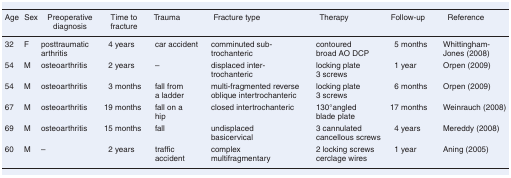
<table><thead><tr><td><b>Age</b></td><td><b>Sex</b></td><td><b>Preoperative diagnosis</b></td><td><b>Time to fracture</b></td><td><b>Trauma</b></td><td><b>Fracture type</b></td><td><b>Therapy</b></td><td><b>Follow-up</b></td><td><b>Reference</b></td></tr></thead><tbody><tr><td>32</td><td>F</td><td>posttraumatic arthritis</td><td>4 years</td><td>car accident</td><td>comminuted sub-trochanteric</td><td>contoured broad AO DCP</td><td>5 months</td><td>Whittingham-Jones (2008)</td></tr><tr><td>54</td><td>M</td><td>osteoarthritis</td><td>2 years</td><td>–</td><td>displaced inter-trochanteric</td><td>locking plate 3 screws</td><td>1 year</td><td>Orpen (2009)</td></tr><tr><td>54</td><td>M</td><td>osteoarthritis</td><td>3 months</td><td>fall from a ladder</td><td>multi-fragmented reverse oblique intertrochanteric</td><td>locking plate 3 screws</td><td>6 months</td><td>Orpen (2009)</td></tr><tr><td>67</td><td>M</td><td>osteoarthritis</td><td>19 months</td><td>fall on a hip</td><td>closed intertrochanteric</td><td>130°angled blade plate</td><td>17 months</td><td>Weinrauch (2008)</td></tr><tr><td>69</td><td>M</td><td>osteoarthritis</td><td>15 months</td><td>fall</td><td>undisplaced basicervical</td><td>3 cannulated cancellous screws</td><td>4 years</td><td>Mereddy (2008)</td></tr><tr><td>60</td><td>M</td><td>–</td><td>2 years</td><td>traffic accident</td><td>complex multifragmentary</td><td>2 locking screws cerclage wires</td><td>1 year</td><td>Aning (2005)</td></tr></tbody></table>